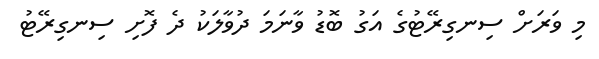
މި ވަރަށް ސިނގިރޭޓުގެ އަގު ބޮޑު ވާނަމަ ދުވާލަކު ދެ ފޮށި ސިނގިރޭޓު